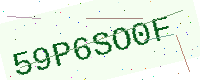
Text: 59P6SO0F